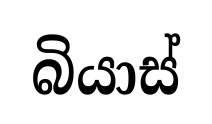
බියාස්